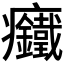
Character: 𱱳